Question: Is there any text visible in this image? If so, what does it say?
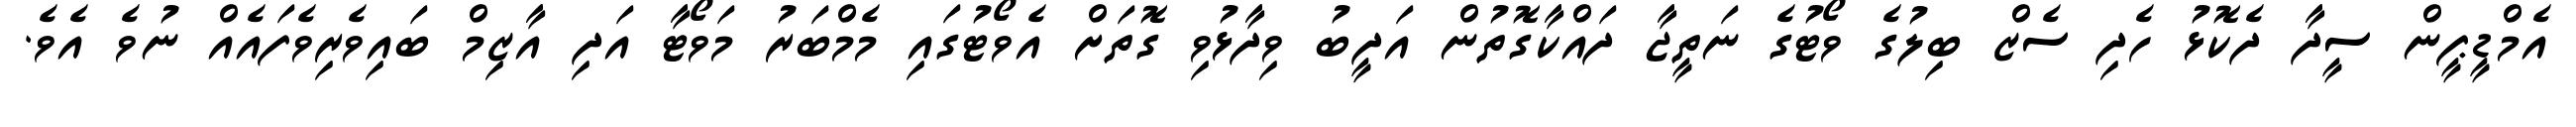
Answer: އެމްޑީޕީން ސީދާ ދެކޮޅު ހެދި ސެޒް ބިލުގެ ވޯޓުގެ ނަތީޖާ ދައްކާގޮތުން އަދީބު ވިދާޅުވި ގޮތަށް އެވޯޓުގައި މެމްބަރު މަވޯޓާ އަދި އާޒިމް ބައިވެރިވެފައެއް ނުވެ އެވެ.